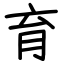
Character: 育